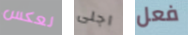
لعكس اجلى فعل